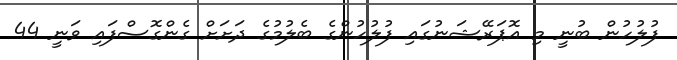
ފުލުހުން ބުނީ މި އޮޕަރޭޝަނުގައި ފުލުހުންގެ ބެލުމުގެ ދަށަށް ގެންގޮސްފައި ވަނީ 44